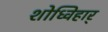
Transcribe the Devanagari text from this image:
शोध्विहार्